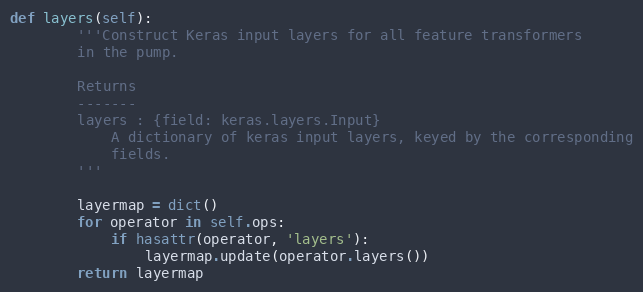
Language: Python
def layers(self):
        '''Construct Keras input layers for all feature transformers
        in the pump.

        Returns
        -------
        layers : {field: keras.layers.Input}
            A dictionary of keras input layers, keyed by the corresponding
            fields.
        '''

        layermap = dict()
        for operator in self.ops:
            if hasattr(operator, 'layers'):
                layermap.update(operator.layers())
        return layermap